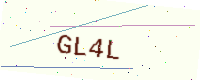
Text: GL4L